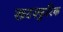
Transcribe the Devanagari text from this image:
खटस्फुरिक